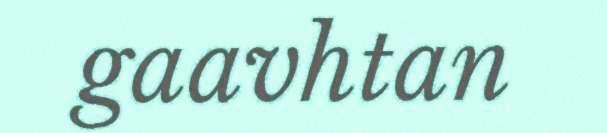
gaavhtan